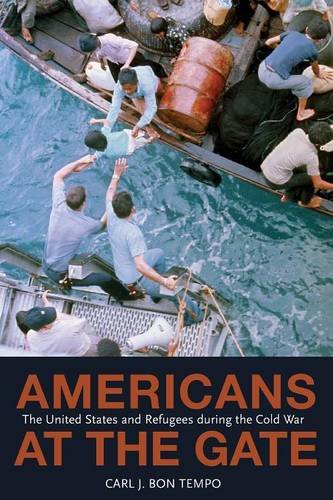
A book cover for Americans at the Gate: The United States and Refugees during the Cold War (Politics and Society in Twentieth-Century America); Carl J. Bon Tempo; Law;